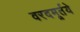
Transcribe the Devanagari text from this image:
वरदमूर्तये